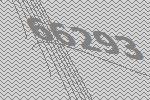
66293